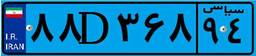
۸۸D۳۶۸۹۴